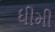
ધીમી